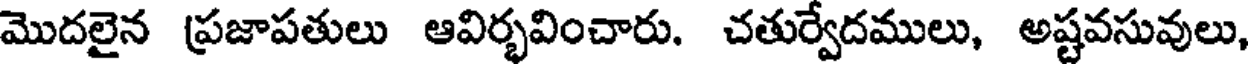
మొదలైన ప్రజాపతులు ఆవిర్భవించారు. చతుర్వేదములు, అష్టవసువులు,